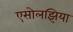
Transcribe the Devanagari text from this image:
एसोलझिया